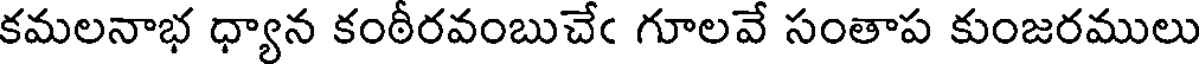
కమలనాభ ధ్యాన కంఠీరవంబుచేఁ గూలవే సంతాప కుంజరములు